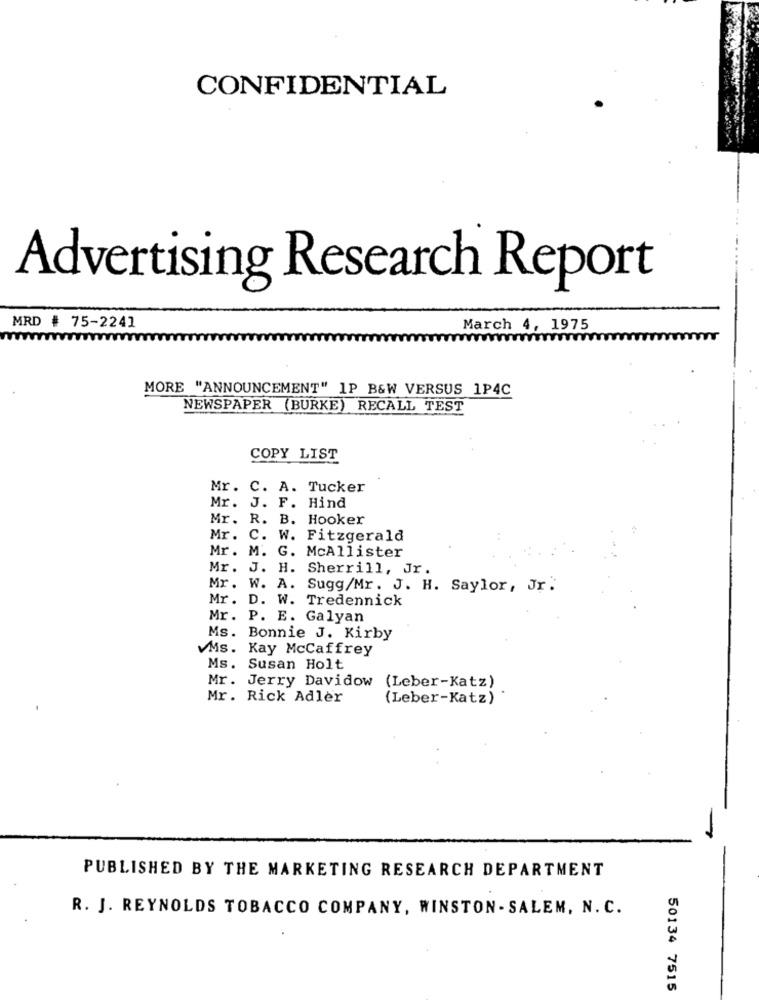
CONFIDENTIAL
Advertising Research Report
MRD # 75-2241
March 4, 1975
MORE "ANNOUNCEMENT" 1P B&W VERSUS 1P4C
NEWSPAPER (BURKE) RECALL TEST
COPY LIST
Mr. C. A. Tucker
Mr. J. F. Hind
Mr.
R. B. Hooker
Mr.
C. W. Fitzgerald
Mr. M. G. McAllister
Mr. J. H. Sherrill, Jr
Mr. W. A. Sugg/Mr. J. H. Saylor, Jr.
Mr. D. W. Tredennick
Mr. P. E. Galyan
Ms. Bonnie J. Kirby
VMs. Kay McCaffrey
Ms. Susan Holt
Mr. Jerry Davidow
(Leber-Katz)
Mr. Rick Adler
(Leber-Katz)
PUBLISHED BY THE MARKETING RESEARCH DEPARTMENT
R. J. REYNOLDS TOBACCO COMPANY, WINSTON - SALEM, N. C.
50134 7515